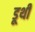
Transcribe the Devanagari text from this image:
डूथी